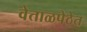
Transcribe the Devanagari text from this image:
वेताळपेठेत